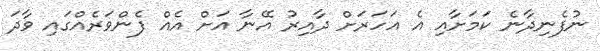
ނުފެނިދާނެ ކަމަށާއި އެ އަހަރަށް ދާއިރު އޭނާ އަށް އެއް ފެންވަރެއްގައި ވާދަ